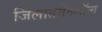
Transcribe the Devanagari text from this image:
जिलातमेंगलॉन्ग